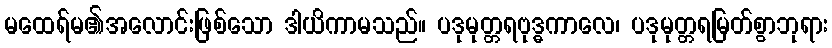
မထေရ်မ၏အလောင်းဖြစ်သော ဒါယိကာမသည်။ ပဒုမုတ္တရဗုဒ္ဓကာလေ၊ ပဒုမုတ္တရမြတ်စွာဘုရား